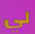
لي